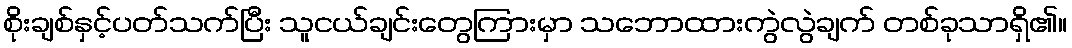
စိုးချစ်နှင့်ပတ်သက်ပြီး သူငယ်ချင်းတွေကြားမှာ သဘောထားကွဲလွဲချက် တစ်ခုသာရှိ၏။